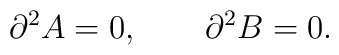
\partial^2 A = 0 , \qquad \partial^2 B = 0 .